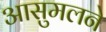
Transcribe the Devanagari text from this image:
आसुमलने